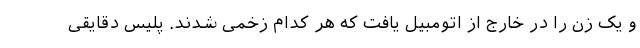
و یک زن را در خارج از اتومبیل یافت که هر کدام زخمی شدند. پلیس دقایقی